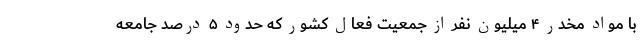
با مواد مخدر ۴ میلیون نفر از جمعیت فعال کشور که حدود ۵ درصد جامعه